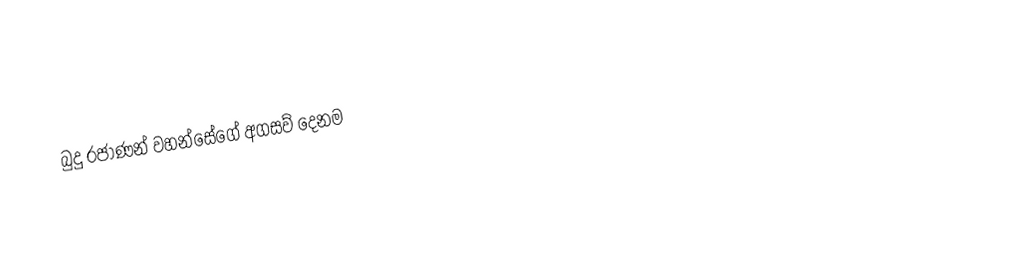
බුදු රජාණන් වහන්සේගේ අගසව් දෙනම